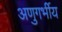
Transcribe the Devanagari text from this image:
अणुगर्भीय